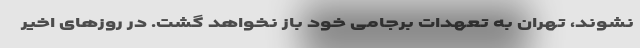
نشوند، تهران به تعهدات برجامی خود باز نخواهد گشت. در روزهای اخیر